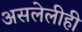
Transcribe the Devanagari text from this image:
असलेलीही